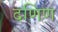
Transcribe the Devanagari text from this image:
दणिण